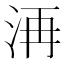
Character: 洅